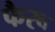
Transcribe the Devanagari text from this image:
फैरू